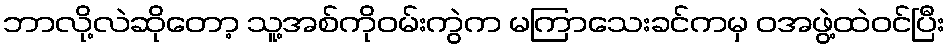
ဘာလို့လဲဆိုတော့ သူ့အစ်ကိုဝမ်းကွဲက မကြာသေးခင်ကမှ ဝအဖွဲ့ထဲဝင်ပြီး